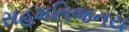
સહમતિજનય